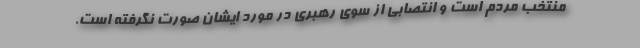
منتخب مردم است و انتصابی از سوی رهبری در مورد ایشان صورت نگرفته است.